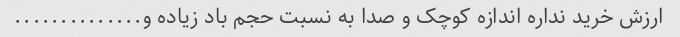
ارزش خرید نداره اندازه کوچک و صدا به نسبت حجم باد زیاده و..............